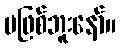
မဖြစ်ဘူးနော်။